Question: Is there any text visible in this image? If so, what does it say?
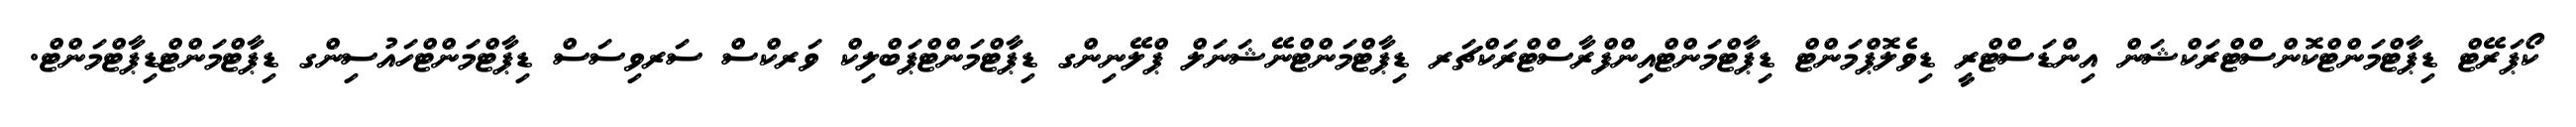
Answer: ކޯޕަރޭޓް ޑިޕާޓްމަންޓްކޮންސްޓްރަކްޝަން އިންޑަސްޓްރީ ޑިވެލޮޕްމަންޓް ޑިޕާޓްމަންޓްއިންފްރާސްޓްރަކްޗަރ ޑިޕާޓްމަންޓްނޭޝަނަލް ޕްލޭނިންގ ޑިޕާޓްމަންޓްޕަބްލިކް ވަރކްސް ސަރވިސަސް ޑިޕާޓްމަންޓްހައުސިންގ ޑިޕާޓްމަންޓްޑިޕާޓްމަންޓް.